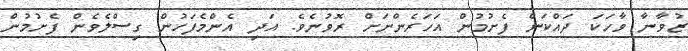
ޒުވާނާ ވާހަކަ ދައްކަން ފެށުމުން އަހަރެންނަށް ރޮވުނެވެ. އަދި އެންމެފަހުން ގިސްލެވެން ފެށުމުން